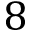
8